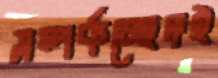
সম্পর্কচ্ছেদই